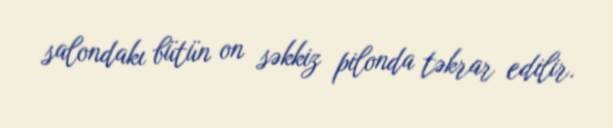
salondakı bütün on səkkiz pilonda təkrar edilir.